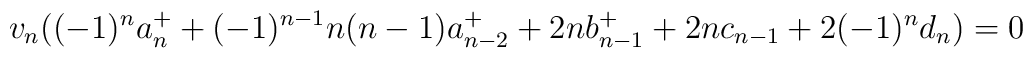
v_n((-1)^na_n^+ + (-1)^{n-1} n(n-1) a_{n-2}^+ +2nb_{n-1}^+ + 2nc_{n-1} + 2(-1)^nd_n) = 0\\